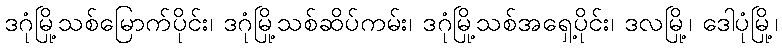
ဒဂုံမြို့သစ်မြောက်ပိုင်း၊ ဒဂုံမြို့သစ်ဆိပ်ကမ်း၊ ဒဂုံမြို့သစ်အရှေ့ပိုင်း၊ ဒလမြို့၊ ဒေါပုံမြို့၊